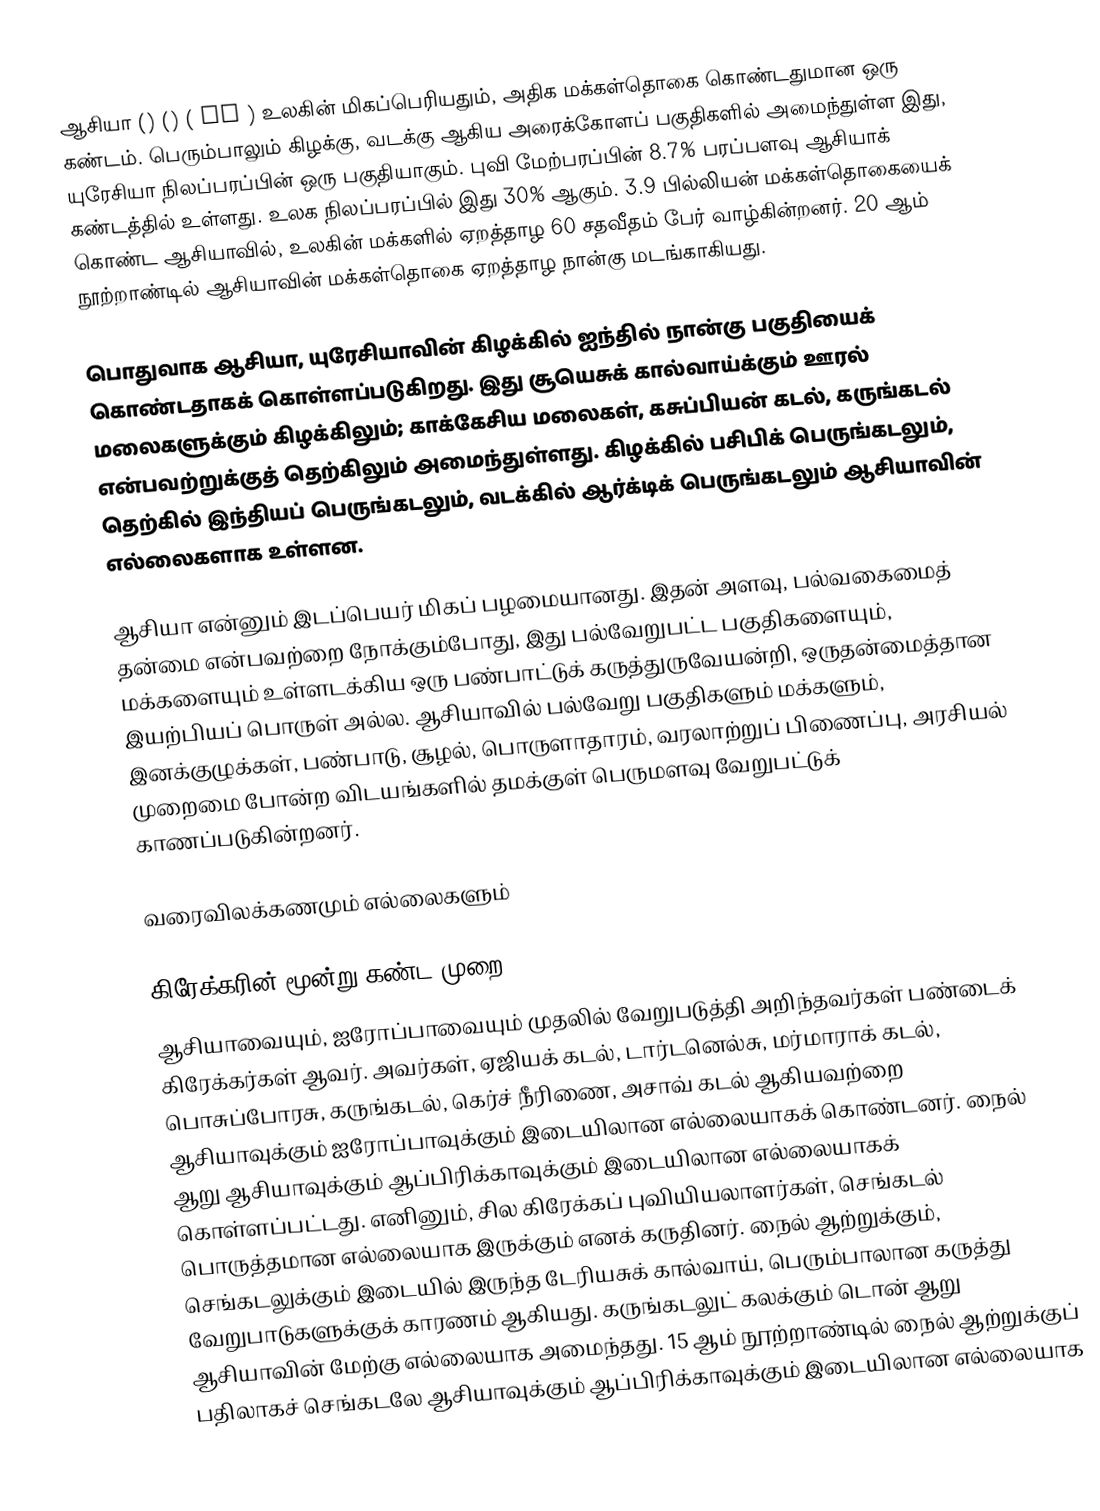
ஆசியா () () ( or ) உலகின் மிகப்பெரியதும், அதிக மக்கள்தொகை கொண்டதுமான ஒரு கண்டம். பெரும்பாலும் கிழக்கு, வடக்கு ஆகிய அரைக்கோளப் பகுதிகளில் அமைந்துள்ள இது, யுரேசியா நிலப்பரப்பின் ஒரு பகுதியாகும். புவி மேற்பரப்பின் 8.7% பரப்பளவு ஆசியாக் கண்டத்தில் உள்ளது. உலக நிலப்பரப்பில் இது 30% ஆகும். 3.9 பில்லியன் மக்கள்தொகையைக் கொண்ட ஆசியாவில், உலகின் மக்களில் ஏறத்தாழ 60 சதவீதம் பேர் வாழ்கின்றனர். 20 ஆம் நூற்றாண்டில் ஆசியாவின் மக்கள்தொகை ஏறத்தாழ நான்கு மடங்காகியது.

பொதுவாக ஆசியா, யுரேசியாவின் கிழக்கில் ஐந்தில் நான்கு பகுதியைக் கொண்டதாகக் கொள்ளப்படுகிறது. இது சூயெசுக் கால்வாய்க்கும் ஊரல் மலைகளுக்கும் கிழக்கிலும்; காக்கேசிய மலைகள், கசுப்பியன் கடல், கருங்கடல் என்பவற்றுக்குத் தெற்கிலும் அமைந்துள்ளது.   கிழக்கில் பசிபிக் பெருங்கடலும், தெற்கில் இந்தியப் பெருங்கடலும், வடக்கில் ஆர்க்டிக் பெருங்கடலும் ஆசியாவின் எல்லைகளாக உள்ளன.

ஆசியா என்னும் இடப்பெயர் மிகப் பழமையானது. இதன் அளவு, பல்வகைமைத் தன்மை என்பவற்றை நோக்கும்போது, இது பல்வேறுபட்ட பகுதிகளையும், மக்களையும் உள்ளடக்கிய ஒரு பண்பாட்டுக் கருத்துருவேயன்றி, ஒருதன்மைத்தான இயற்பியப் பொருள் அல்ல.  ஆசியாவில் பல்வேறு பகுதிகளும் மக்களும், இனக்குழுக்கள், பண்பாடு, சூழல், பொருளாதாரம், வரலாற்றுப் பிணைப்பு, அரசியல் முறைமை போன்ற விடயங்களில் தமக்குள் பெருமளவு வேறுபட்டுக் காணப்படுகின்றனர்.

வரைவிலக்கணமும் எல்லைகளும்

கிரேக்கரின் மூன்று கண்ட முறை
ஆசியாவையும், ஐரோப்பாவையும் முதலில் வேறுபடுத்தி அறிந்தவர்கள் பண்டைக் கிரேக்கர்கள் ஆவர். அவர்கள், ஏஜியக் கடல், டார்டனெல்சு, மர்மாராக் கடல், பொசுப்போரசு, கருங்கடல், கெர்ச் நீரிணை, அசாவ் கடல் ஆகியவற்றை ஆசியாவுக்கும் ஐரோப்பாவுக்கும் இடையிலான எல்லையாகக் கொண்டனர். நைல் ஆறு ஆசியாவுக்கும் ஆப்பிரிக்காவுக்கும் இடையிலான எல்லையாகக் கொள்ளப்பட்டது. எனினும், சில கிரேக்கப் புவியியலாளர்கள், செங்கடல் பொருத்தமான எல்லையாக இருக்கும் எனக் கருதினர். நைல் ஆற்றுக்கும், செங்கடலுக்கும் இடையில் இருந்த டேரியசுக் கால்வாய், பெரும்பாலான கருத்து வேறுபாடுகளுக்குக் காரணம் ஆகியது. கருங்கடலுட் கலக்கும் டொன் ஆறு ஆசியாவின் மேற்கு எல்லையாக அமைந்தது. 15 ஆம் நூற்றாண்டில் நைல் ஆற்றுக்குப் பதிலாகச் செங்கடலே ஆசியாவுக்கும் ஆப்பிரிக்காவுக்கும் இடையிலான எல்லையாக